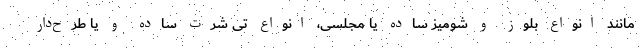
مانند انواع بلوز و شومیز ساده یا مجلسی، انواع تی شرت ساده و یا طرح‌دار